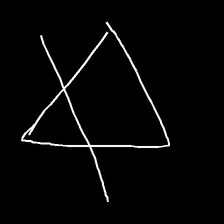
Glyph: empower